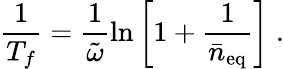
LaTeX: \frac{1}{T_{f}}=\frac{1}{\tilde{\omega}}\ln\left[1+\frac{1}{\bar{n}_{\mathrm{eq}}}\right]\; .